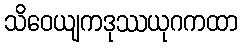
သိဝေယျကဒုဿယုဂကထာ